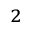
_ 2